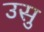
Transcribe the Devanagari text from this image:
उसु